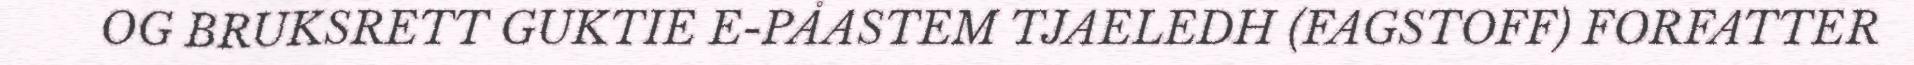
OG BRUKSRETT GUKTIE E-PÅASTEM TJAELEDH (FAGSTOFF) FORFATTER